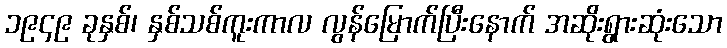
၁၉၄၉ ခုနှစ်၊ နှစ်သစ်ကူးကာလ လွန်မြောက်ပြီးနောက် အဆိုးရွားဆုံးသော